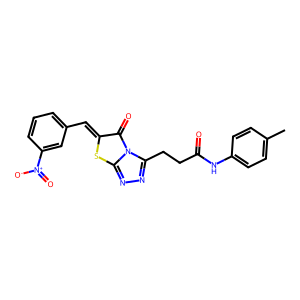
SMILES: Cc1ccc(NC(=O)CCc2nnc3sc(=Cc4cccc([N+](=O)[O-])c4)c(=O)n23)cc1
Inhibits HIV replication: No